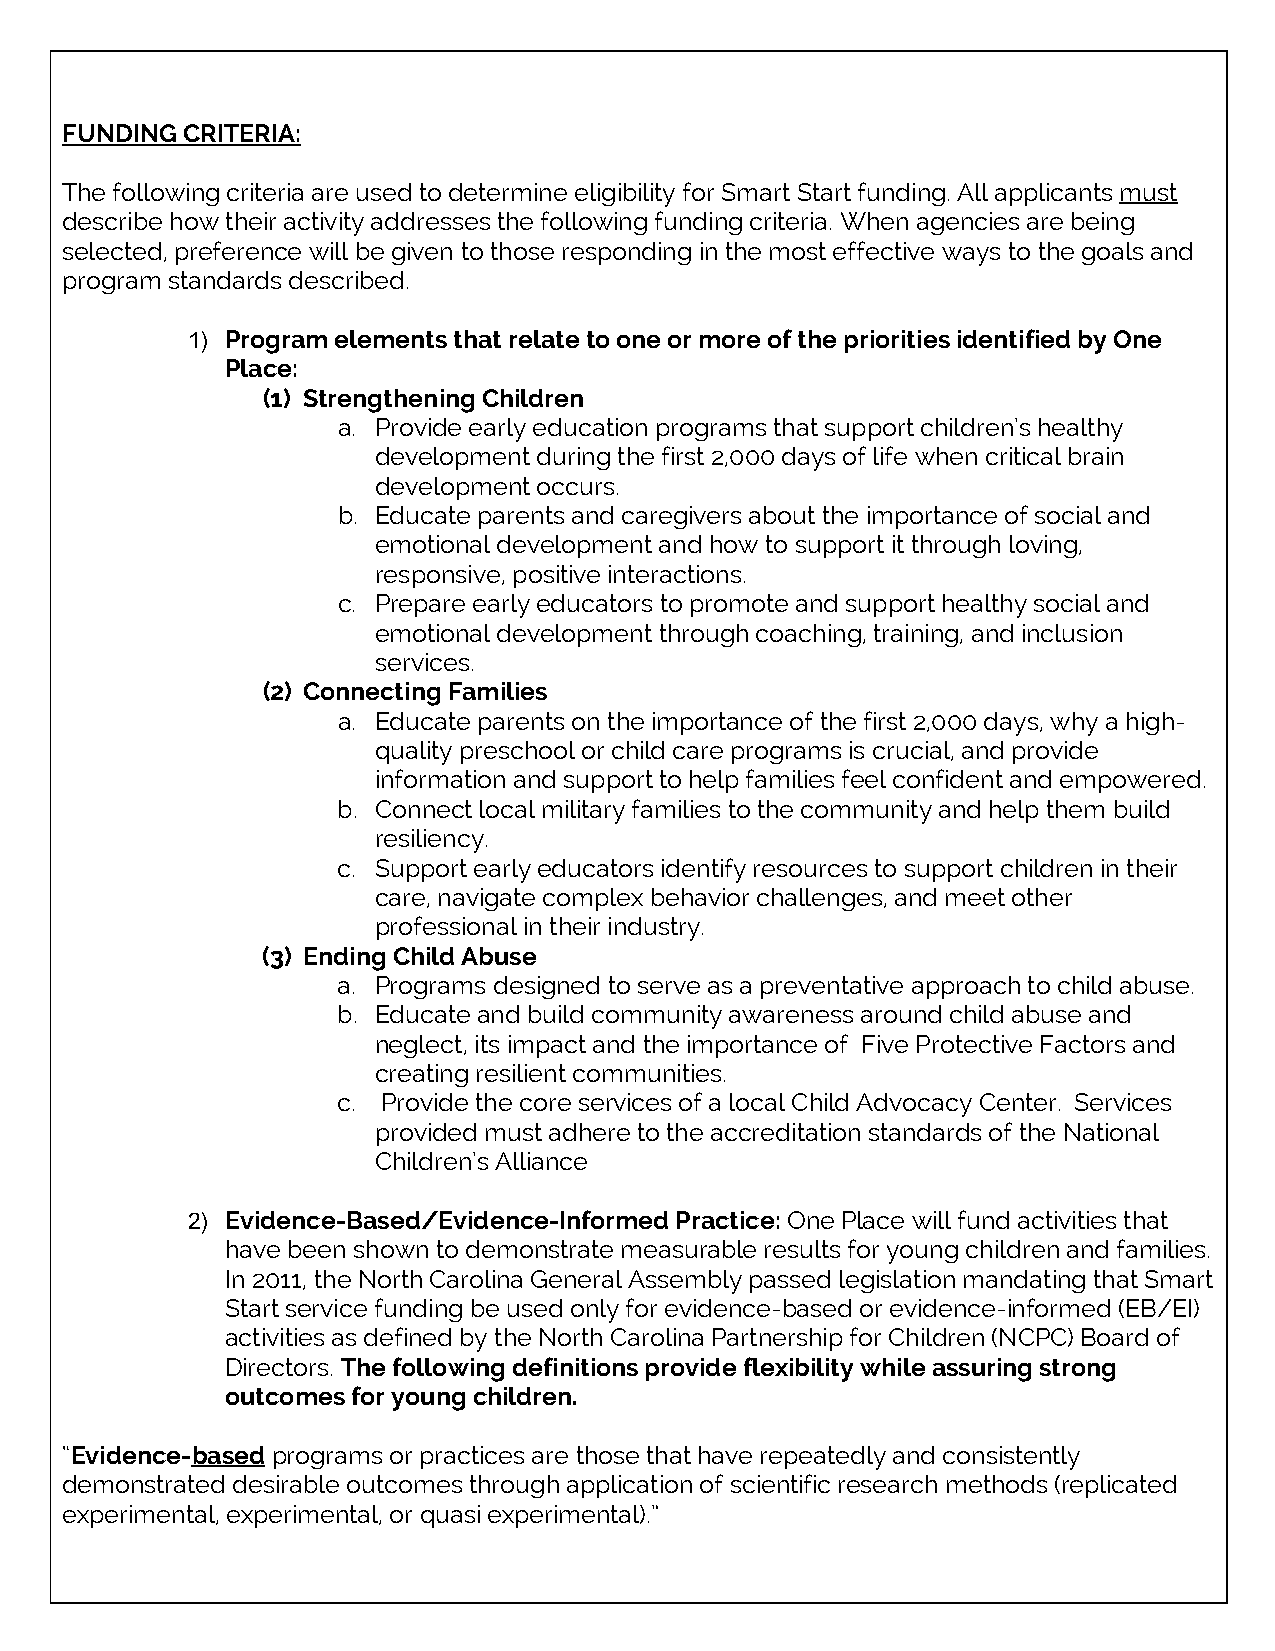
FUNDING CRITERIA:
 The following criteria are used to determine eligibility for Smart Start funding. All applicants must
 describe how their activity addresses the following funding criteria. When agencies are being
 selected, preference will be given to those responding in the most effective ways to the goals and
 program standards described.
 1) Program elements that relate to one or more of the priorities identified by One
 Place:
 (1) Strengthening Children
 a. Provide early education programs that support children’s healthy
 development during the first 2,000 days of life when critical brain
 development occurs.
 b. Educate parents and caregivers about the importance of social and
 emotional development and how to support it through loving,
 responsive, positive interactions.
 c. Prepare early educators to promote and support healthy social and
 emotional development through coaching, training, and inclusion
 services.
 (2) Connecting Families
 a. Educate parents on the importance of the first 2,000 days, why a high-
 quality preschool or child care programs is crucial, and provide
 information and support to help families feel confident and empowered.
 b. Connect local military families to the community and help them build
 resiliency.
 c. Support early educators identify resources to support children in their
 care, navigate complex behavior challenges, and meet other
 professional in their industry.
 (3) Ending Child Abuse
 a. Programs designed to serve as a preventative approach to child abuse.
 b. Educate and build community awareness around child abuse and
 neglect, its impact and the importance of Five Protective Factors and
 creating resilient communities.
 c. Provide the core services of a local Child Advocacy Center. Services
 provided must adhere to the accreditation standards of the National
 Children’s Alliance
 2) Evidence-Based/Evidence-Informed Practice: One Place will fund activities that
 have been shown to demonstrate measurable results for young children and families.
 In 2011, the North Carolina General Assembly passed legislation mandating that Smart
 Start service funding be used only for evidence-based or evidence-informed (EB/EI)
 activities as defined by the North Carolina Partnership for Children (NCPC) Board of
 Directors. The following definitions provide flexibility while assuring strong
 outcomes for young children.
 “Evidence-based programs or practices are those that have repeatedly and consistently
 demonstrated desirable outcomes through application of scientific research methods (replicated
 experimental, experimental, or quasi experimental).”